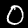
Digit: 0